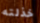
خذلته